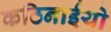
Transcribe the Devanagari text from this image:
कठिनाईयो